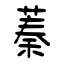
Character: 蓁